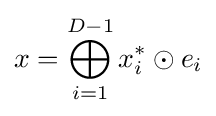
x=\bigoplus _{i=1}^{D-1}x_{i}^{*}\odot e_{i}